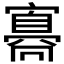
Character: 𡫛